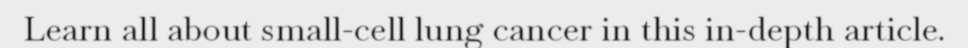
Learn all about small-cell lung cancer in this in-depth article.